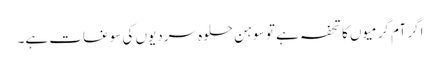
اگر آم گرمیوں کا تحفہ ہے تو سوہن حلوہ سردیوں کی سوغات ہے۔